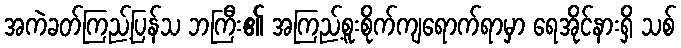
အကဲခတ်ကြည့်ပြန်သ ဘကြီး၏ အကြည့်စူးစိုက်ကျရောက်ရာမှာ ရေအိုင်နားရှိ သစ်